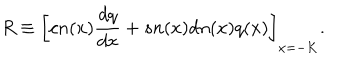
LaTeX: R \equiv \bigg [ c n ( x ) \frac { d q } { d x } + s n ( x ) d n ( x ) q ( x ) \bigg ] _ { x = - K } .